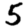
Digit: 5